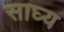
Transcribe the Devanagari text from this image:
साघ्य